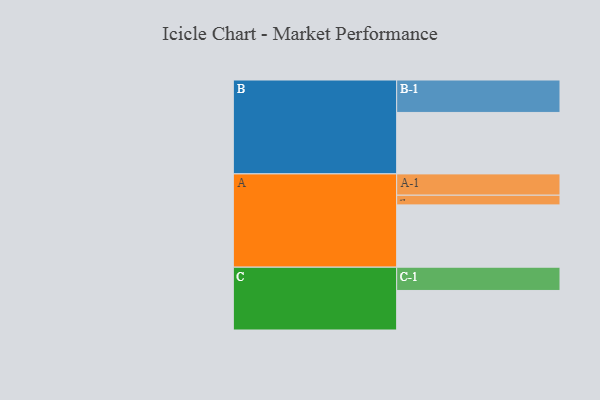
{"axis": {"x": "Segment", "y": "Value"}, "legend": ["", "A", "B", "C"], "data": [{"x": "A", "y": 509, "type": ""}, {"x": "B", "y": 502, "type": ""}, {"x": "C", "y": 323, "type": ""}, {"x": "A-1", "y": 174, "type": "A"}, {"x": "A-2", "y": 79, "type": "A"}, {"x": "B-1", "y": 265, "type": "B"}, {"x": "C-1", "y": 190, "type": "C"}]}